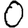
Digit: 0